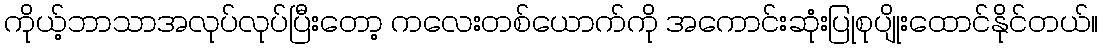
ကိုယ့်ဘာသာအလုပ်လုပ်ပြီးတော့ ကလေးတစ်ယောက်ကို အကောင်းဆုံးပြုစုပျိုးထောင်နိုင်တယ်။